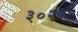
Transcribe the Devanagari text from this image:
३०२०